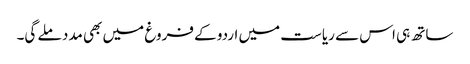
ساتھ ہی اس سے ریاست میں اردو کے فروغ میں بھی مدد ملے گی۔